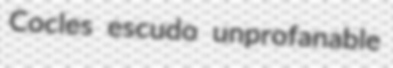
Cocles escudo unprofanable